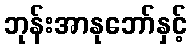
ဘုန်းအာနုဘော်နှင့်